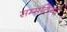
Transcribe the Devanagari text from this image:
सम्मतियां